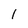
Character: l